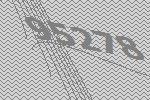
95278